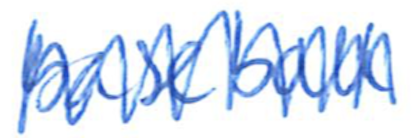
Text: baseball
Cross-out: mix
Writing tool: ballpoint